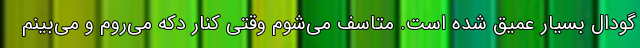
گودال بسیار عمیق شده است. متاسف می‌شوم وقتی کنار دکه می‌روم و می‌بینم